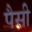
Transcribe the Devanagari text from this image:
पैसी